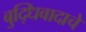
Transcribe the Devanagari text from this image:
बुद्धिवादाचे